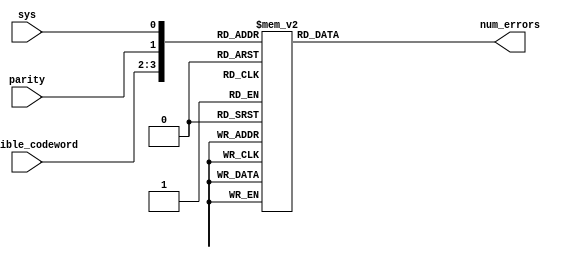
module hamming_distance (
    input wire sys,
    input wire parity,
    input wire [1:0] poosible_codeword ,
    output reg [1:0] num_errors 
);

always @*
    begin
        case ({poosible_codeword,parity,sys})
           4'b0000 : num_errors = 0;
           4'b0001 : num_errors = 1;
           4'b0010 : num_errors = 1;
           4'b0011 : num_errors = 2;
           4'b0100 : num_errors = 1;
           4'b0101 : num_errors = 0;
           4'b0110 : num_errors = 2;
           4'b0111 : num_errors = 1;
           4'b1000 : num_errors = 1;
           4'b1001 : num_errors = 2;
           4'b1010 : num_errors = 0;
           4'b1011 : num_errors = 1;
           4'b1100 : num_errors = 2;
           4'b1101 : num_errors = 1;
           4'b1110 : num_errors = 1;
           4'b1111 : num_errors = 0;

            default: num_errors =0;
        endcase
    end
endmodule